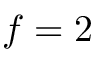
f = 2